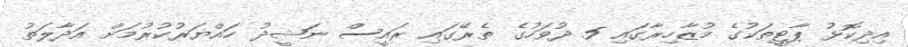
އިދިކޮޅު ޕާޓީތަކުގެ މުޒާހިރާގައި 5 ދުވަހުގެ ތެރޭގައި ރައީސް ނަޝީދު ހައްޔަރުކުރުމަށް އަދާލަތު